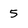
Character: 5